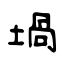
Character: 堝